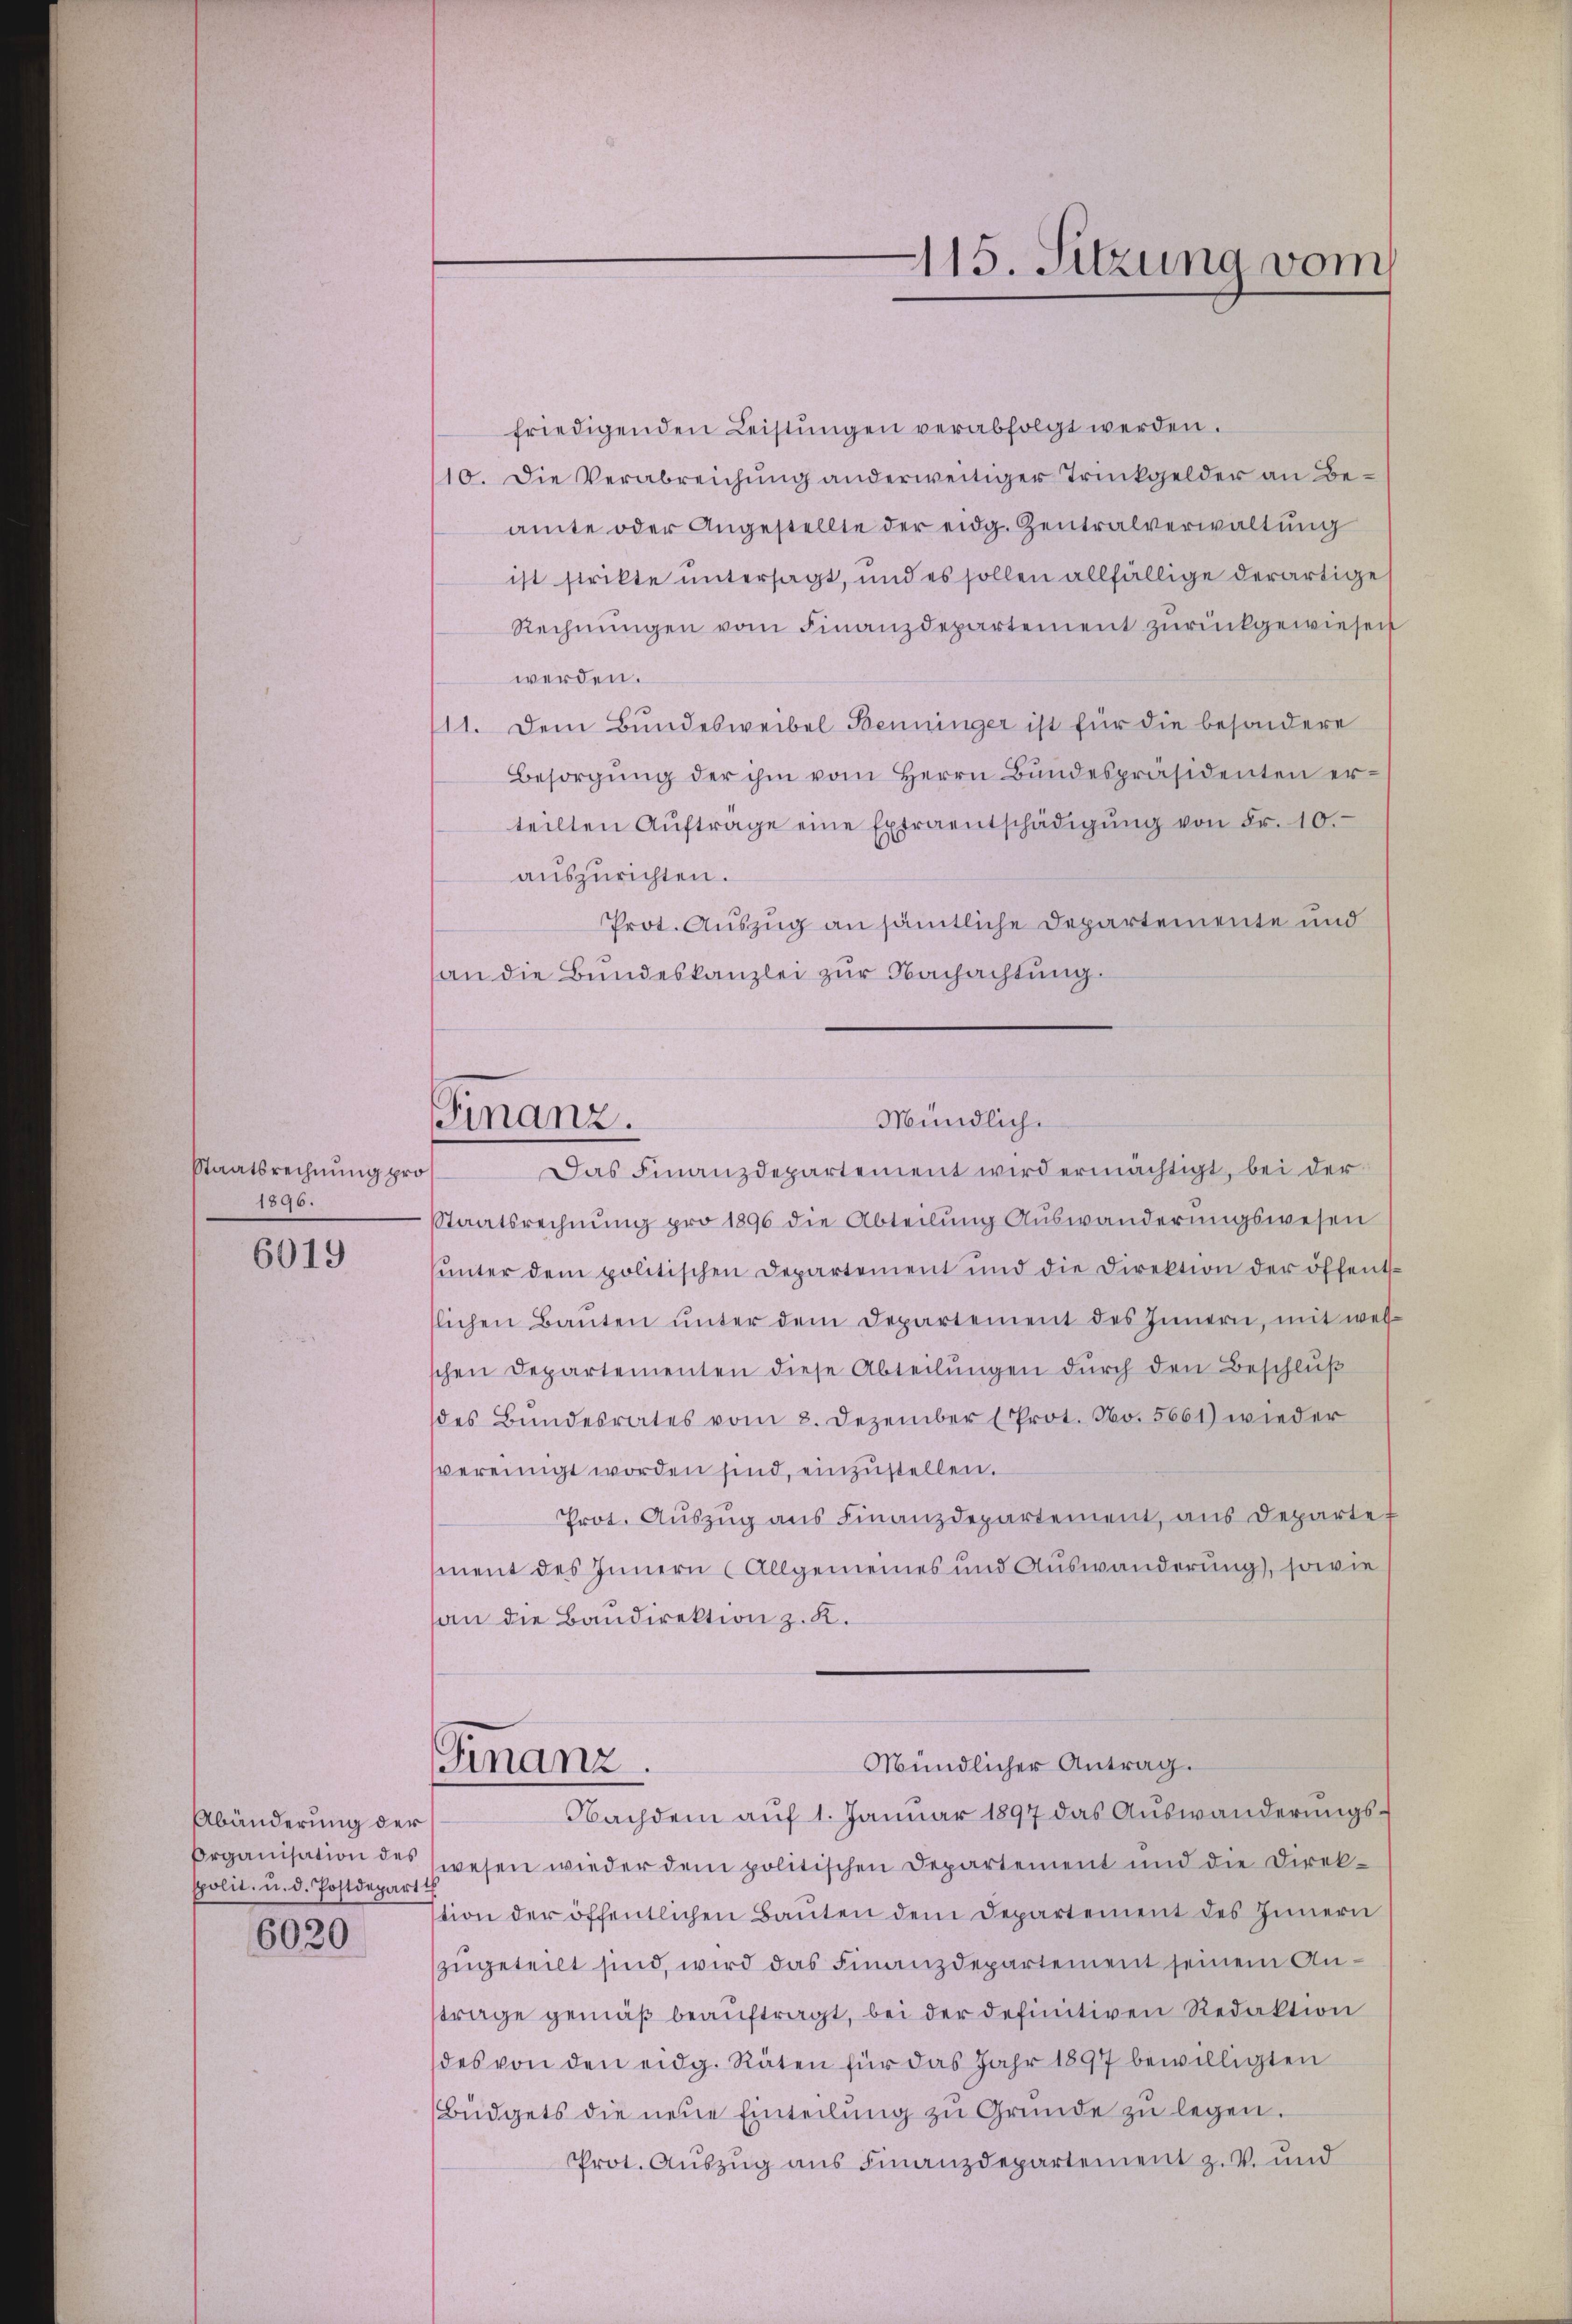
Abänderung der
Organisation des
spolit. u. d. Postdepart
6020

Staatsrechnung pro
1896.
6019

Finanz.

115. Sitzung vom

friedigenden Leistŭngen verabfolgt werden.
10. Die Verabreichung anderweitiger Trinkgelder an Beamte oder Angestellte der eidg. Zentralverwaltung
ist strikte untersagt, und es sollen allfällige derartige
Rechnŭngen vom Finanzdepartement zŭrückgewiesen
werden.
3
11. Dem Bundesweibel Benninger ist für die besondere
Besorgŭng der ihm vom Herrn Bŭndespräsidenten er-
teilten Aŭftrage eine Extraentschädigŭng von Fr. 10.
auszurichten.
Prot. Auszug an sämtliche Departemente und
an die Bundeskanzlei zur Nachachtung.
Das Finanzdepartement wird ermächtigt, bei der
Staatsrechnung pro 1896 die Abteilung Auswanderungswesen
ŭnter dem politischen Departement und die Direktion der öffent
lichen Bauten ŭnter dem Departement des Innern, mit wel
schen Departementen diese Abteilŭngen dŭrch den Beschlŭβ
des Bundesrates vom 8. Dezember (Prot. No. 5661) wieder
vereinigt worden sind, einzustellen.
Prot. Auszug aus Finanzdepartement, aus Departe.
ment des Innern (Allgemeines und Auswanderung, sowie
san die Baudirektion z. K.
Mündlicher Antrag.
Finanz
Nachdem aŭf 1. Januar 1897 das Aŭswanderungswesen wieder dem politischen Departement und die Direktion der öffentlichen Bauten dem Departement des Innern
zugeteilt sind, wird das Finanzdepartement seinem Antrage gemäβ beaŭftragt, bei der definitiven Redaktion
des von den eidg. Räten für das Jahr 1897 bewilligten
Büdgets die neue Einteilŭng zu Gründe zu legen.
Prot. Auszug aus Finanzdepartement z. V. und

Mündlich¬